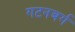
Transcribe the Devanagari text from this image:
गटनबर्ग